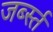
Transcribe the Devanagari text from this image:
जर्ब्स्त